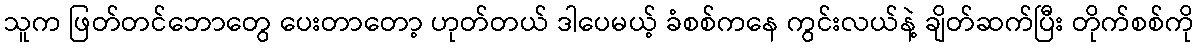
သူက ဖြတ်တင်ဘောတွေ ပေးတာတော့ ဟုတ်တယ် ဒါပေမယ့် ခံစစ်ကနေ ကွင်းလယ်နဲ့ ချိတ်ဆက်ပြီး တိုက်စစ်ကို